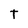
Character: t